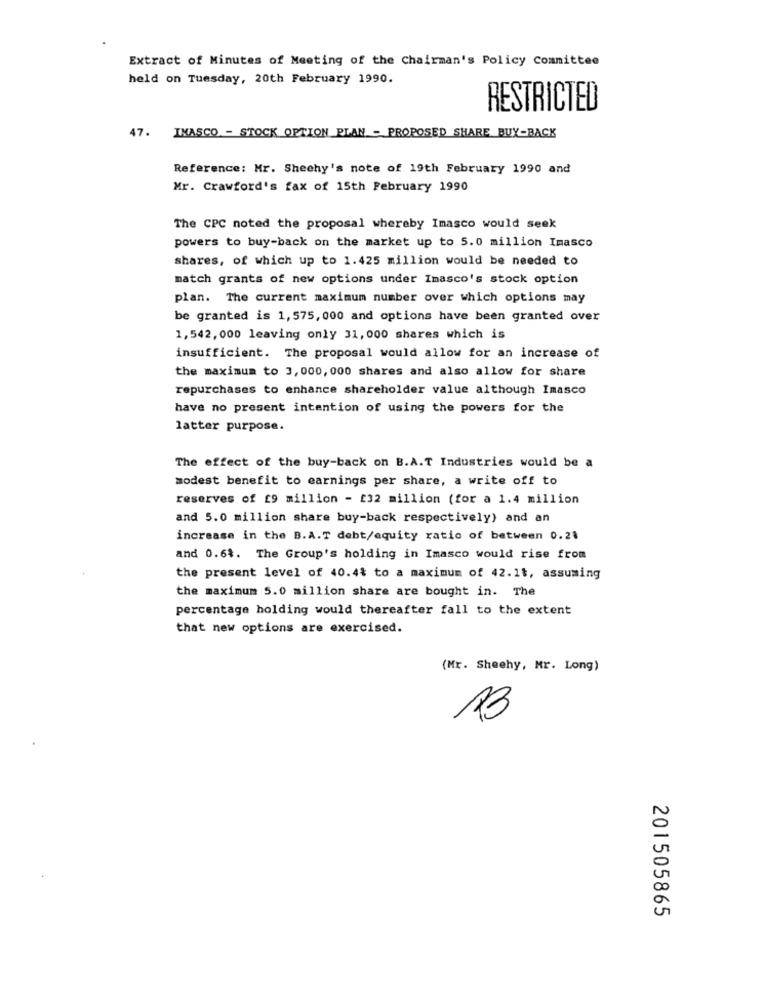
Extract of Minutes of Meeting of the Chairman's Policy Committee
held on Tuesday, 20th February 1990.
RESTRICTED
47.
INASCO - STOCK OPTION PLAN - PROPOSED SHARE BUY-BACK
Reference: Mr. Sheehy's note of 19th February 1990 and
Mr. Crawford's fax of 15th February 1990
The CPC noted the proposal whereby Imasco would seek
powers to buy-back on the market up to 5.0 million Imasco
shares, of which up to 1.425 million would be needed to
match grants of new options under Imasco's stock option
plan. The current maximum number over which options may
be granted is 1, 575, 000 and options have been granted over
1,542,000 leaving only 31,000 shares which is
insufficient. The proposal would allow for an increase of
the maximum to 3, 000, 000 shares and also allow for share
repurchases to enhance shareholder value although Inasco
have no present intention of using the powers for the
latter purpose.
The effect of the buy-back on B.A.T Industries would be a
modest benefit to earnings per share, a write off to
reserves of £9 million - 232 million (for a 1.4 million
and 5.0 million share buy-back respectively) and an
increase in the B.A.T debt/equity ratio of between 0.21
and 0.64. The Group's holding in Imasco would rise from
the present level of 40.4% to a maximum of 42.11, assuming
the maximum 5.0 million share are bought in. The
percentage holding would thereafter fall to the extent
that new options are exercised.
(Mr. Sheehy, Mr. Long)
S
201505865